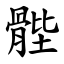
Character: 䯗